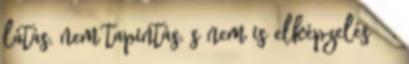
látás, nem tapintás, s nem is elképzelés ,